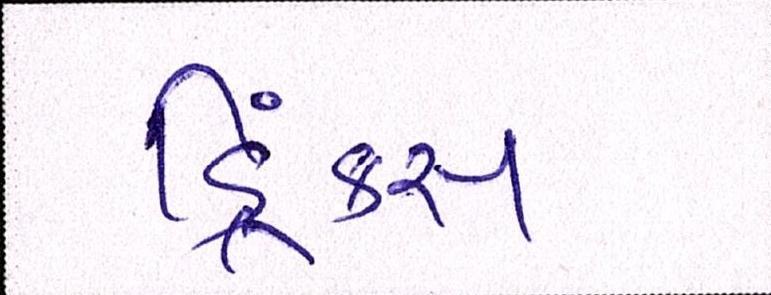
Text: ડ્રિંક્સ